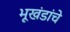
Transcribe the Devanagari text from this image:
भूखंडांचे